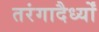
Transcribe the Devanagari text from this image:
तरंगादैर्ध्यों